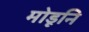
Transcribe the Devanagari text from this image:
मोडूनि